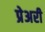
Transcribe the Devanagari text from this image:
प्रेअरी